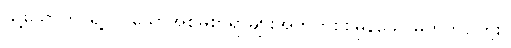
သို့သော်ဤ ရဲ့လှပသောအစ်မစာရာများအတွက်စစ်မှန်သောမဟုတ်ပါဘူး။